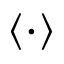
\langle \cdot \rangle